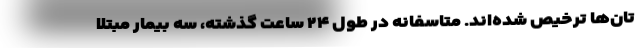
تان‌ها ترخیص شده‌اند. متاسفانه در طول ۲۴ ساعت گذشته، سه بیمار مبتلا